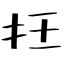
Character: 抂